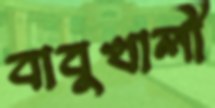
বাবুখালী